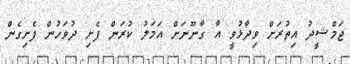
ޖަމްޝީދު އިތުރަށް ވިދާޅުވީ އާ ގާނޫނަށް އަމަލު ކުރަން ފެށި ދުވަހުން ފެށިގެން